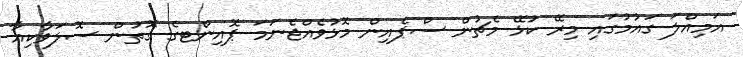
އަމިއްލަ ގައުމުގައި މިރޭ ކުޅޭ މެޗުން ސްޕެއިން މޮޅުވެއްޖެނަމަ ޕޮއިންޓގެ ގޮތުން ސޮލަވާކިއާ